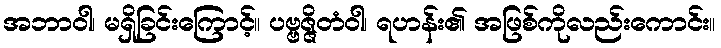
အဘာဝါ၊ မရှိခြင်းကြောင့်။ ပဗ္ဗဇ္ဇိတံဝါ၊ ရဟန်း၏ အဖြစ်ကိုလည်းကောင်း။